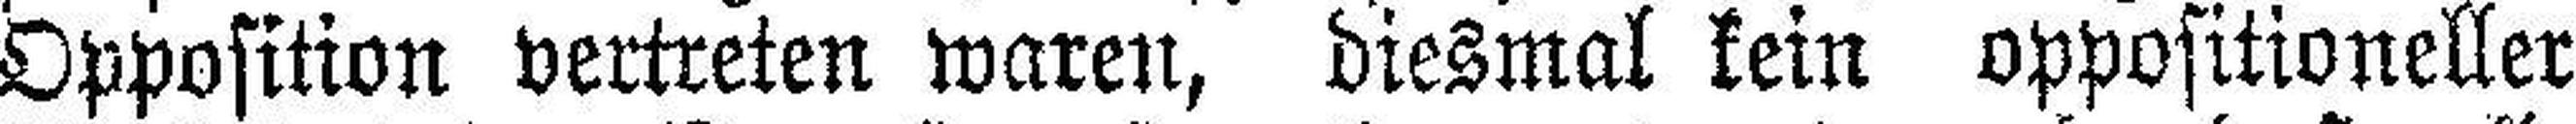
Opposition vertreten waren, diesmal kein oppositioneller